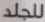
للجلد